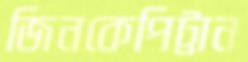
জিনকেপিট্টান